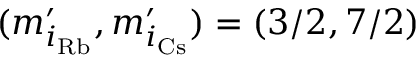
( m _ { i _ { \mathrm { R b } } } ^ { \prime } , m _ { i _ { \mathrm { C s } } } ^ { \prime } ) = ( 3 / 2 , 7 / 2 )